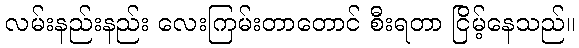
လမ်းနည်းနည်း လေးကြမ်းတာတောင် စီးရတာ ငြိမ့်နေသည်။